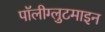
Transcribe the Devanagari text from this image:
पॉलीग्लुटमाइन